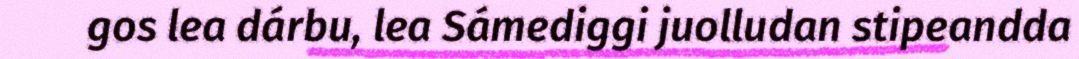
gos lea dárbu, lea Sámediggi juolludan stipeandda